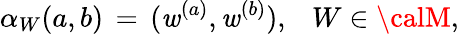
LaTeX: \alpha_{W}(a,b)\, =\, (\mathit{w}^{(a)},\mathit{w}^{(b)}),\; \, \, \, W\in{\calM},